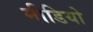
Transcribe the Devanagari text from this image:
मीडियो